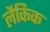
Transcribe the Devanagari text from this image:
लैकिक